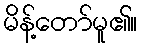
မိန့်တော်မူ၏။